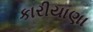
કારીયાણા